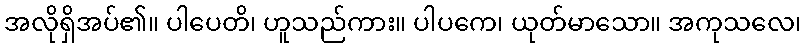
အလိုရှိအပ်၏။ ပါပေတိ၊ ဟူသည်ကား။ ပါပကေ၊ ယုတ်မာသော။ အကုသလေ၊